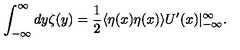
\int _ { - \infty } ^ { \infty } d y \zeta ( y ) = \frac { 1 } { 2 } \langle \eta ( x ) \eta ( x ) \rangle U ^ { \prime } ( x ) | _ { - \infty } ^ { \infty } .